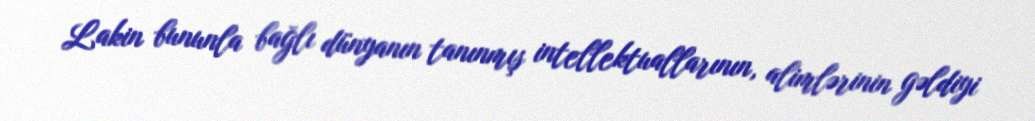
Lakin bununla bağlı dünyanın tanınmış intellektuallarının, alimlərinin gəldiyi